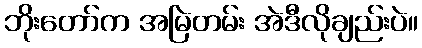
ဘိုးတော်က အမြဲတမ်း အဲဒီလိုချည်းပဲ။